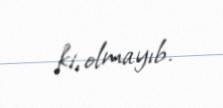
ki, olmayıb.